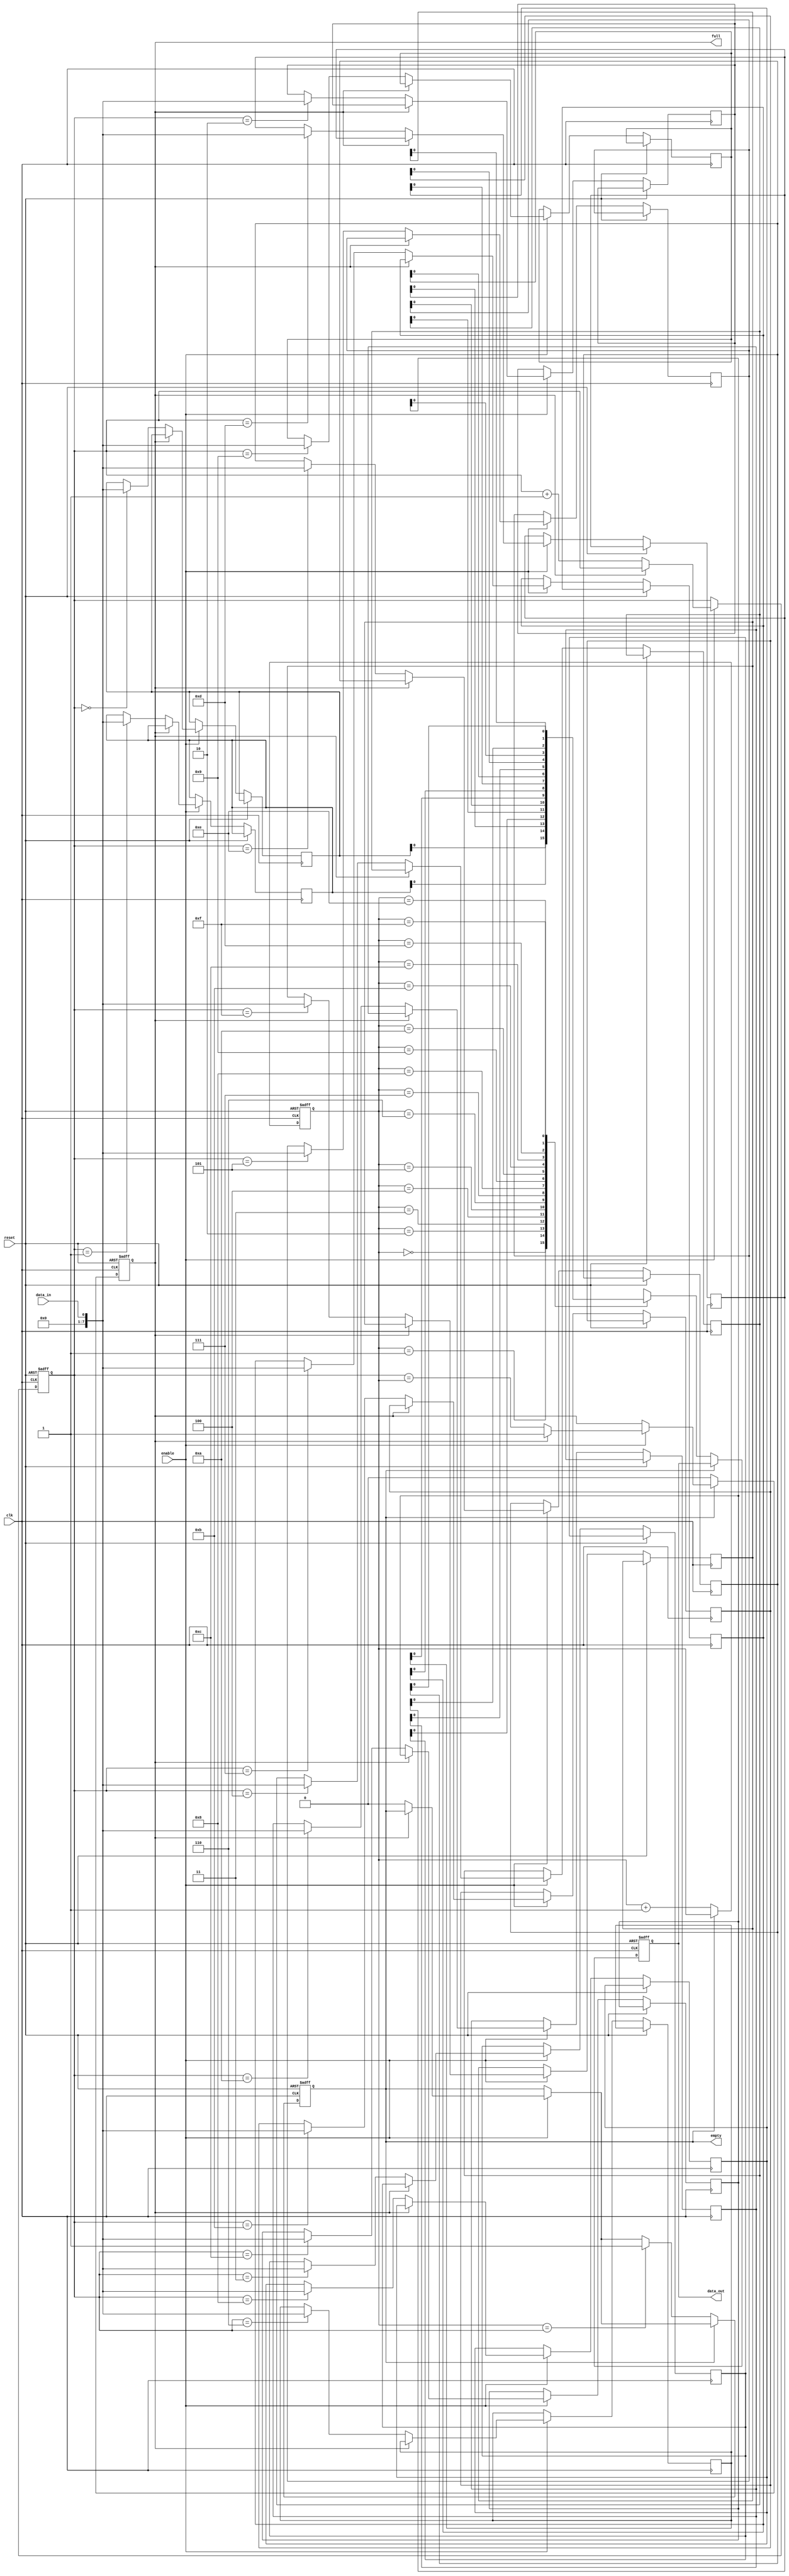
module FIFO (
    input wire clk,
    input wire reset,
    input wire enable,
    input wire data_in,
    output reg data_out,
    output reg full,
    output reg empty
);

parameter DEPTH = 16; // Depth of the FIFO buffer

reg [7:0] memory [0:DEPTH-1];
reg [3:0] read_ptr;
reg [3:0] write_ptr;

always @(posedge clk or posedge reset) begin
    if (reset) begin
        read_ptr <= 4'b0;
        write_ptr <= 4'b0;
        data_out <= 8'h0;
        full <= 1'b0;
        empty <= 1'b1;
    end else begin
        if (enable) begin
            if (!full) begin
                memory[write_ptr] <= data_in;
                write_ptr <= write_ptr + 1;
                full <= (write_ptr == read_ptr);
                empty <= 1'b0;
            end
        end 
        
        if (!empty) begin
            data_out <= memory[read_ptr];
            read_ptr <= read_ptr + 1;
            full <= 1'b0;
            if (read_ptr == write_ptr) begin
                empty <= 1'b1;
            end
        end
    end
end

endmodule